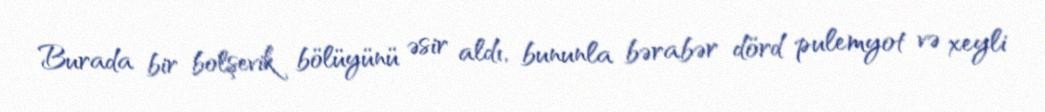
Burada bir bolşevik bölüyünü əsir aldı, bununla bərabər dörd pulemyot və xeyli